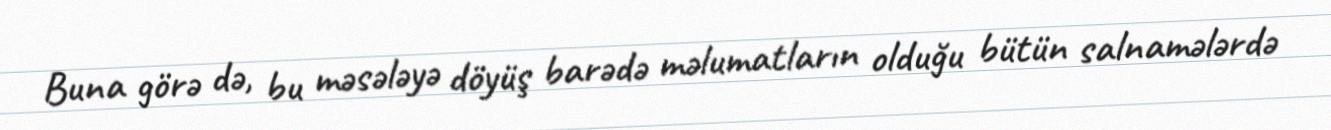
Buna görə də, bu məsələyə döyüş barədə məlumatların olduğu bütün salnamələrdə